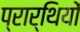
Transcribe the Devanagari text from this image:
प्रार्थियों